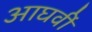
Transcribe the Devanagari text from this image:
आघवीं